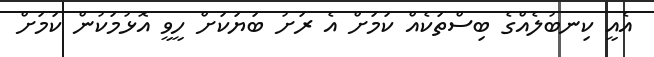
އެއީ ކިނބުލެއްގެ ބިސްތަކެއް ކަމަށް އެ ރަށު ބަޔަކަށް ހީވީ އޮޅުމަކުން ކަމަށް